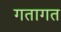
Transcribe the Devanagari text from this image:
गतागत